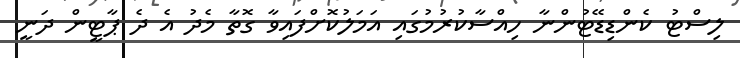
ލިސްޓު ކެންޑިޑޭޓުންނާ ހިއްސާކުރުމުގައި އަމަލުކޮށްފައިވާ ގޮތާ މެދު އެ ދެ ޕާޓީން ދަނީ